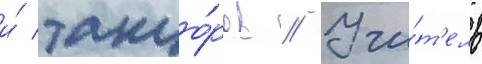
и́ танцо́ров // Учи́т'ель